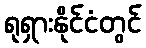
ရုရှားနိုင်ငံတွင်